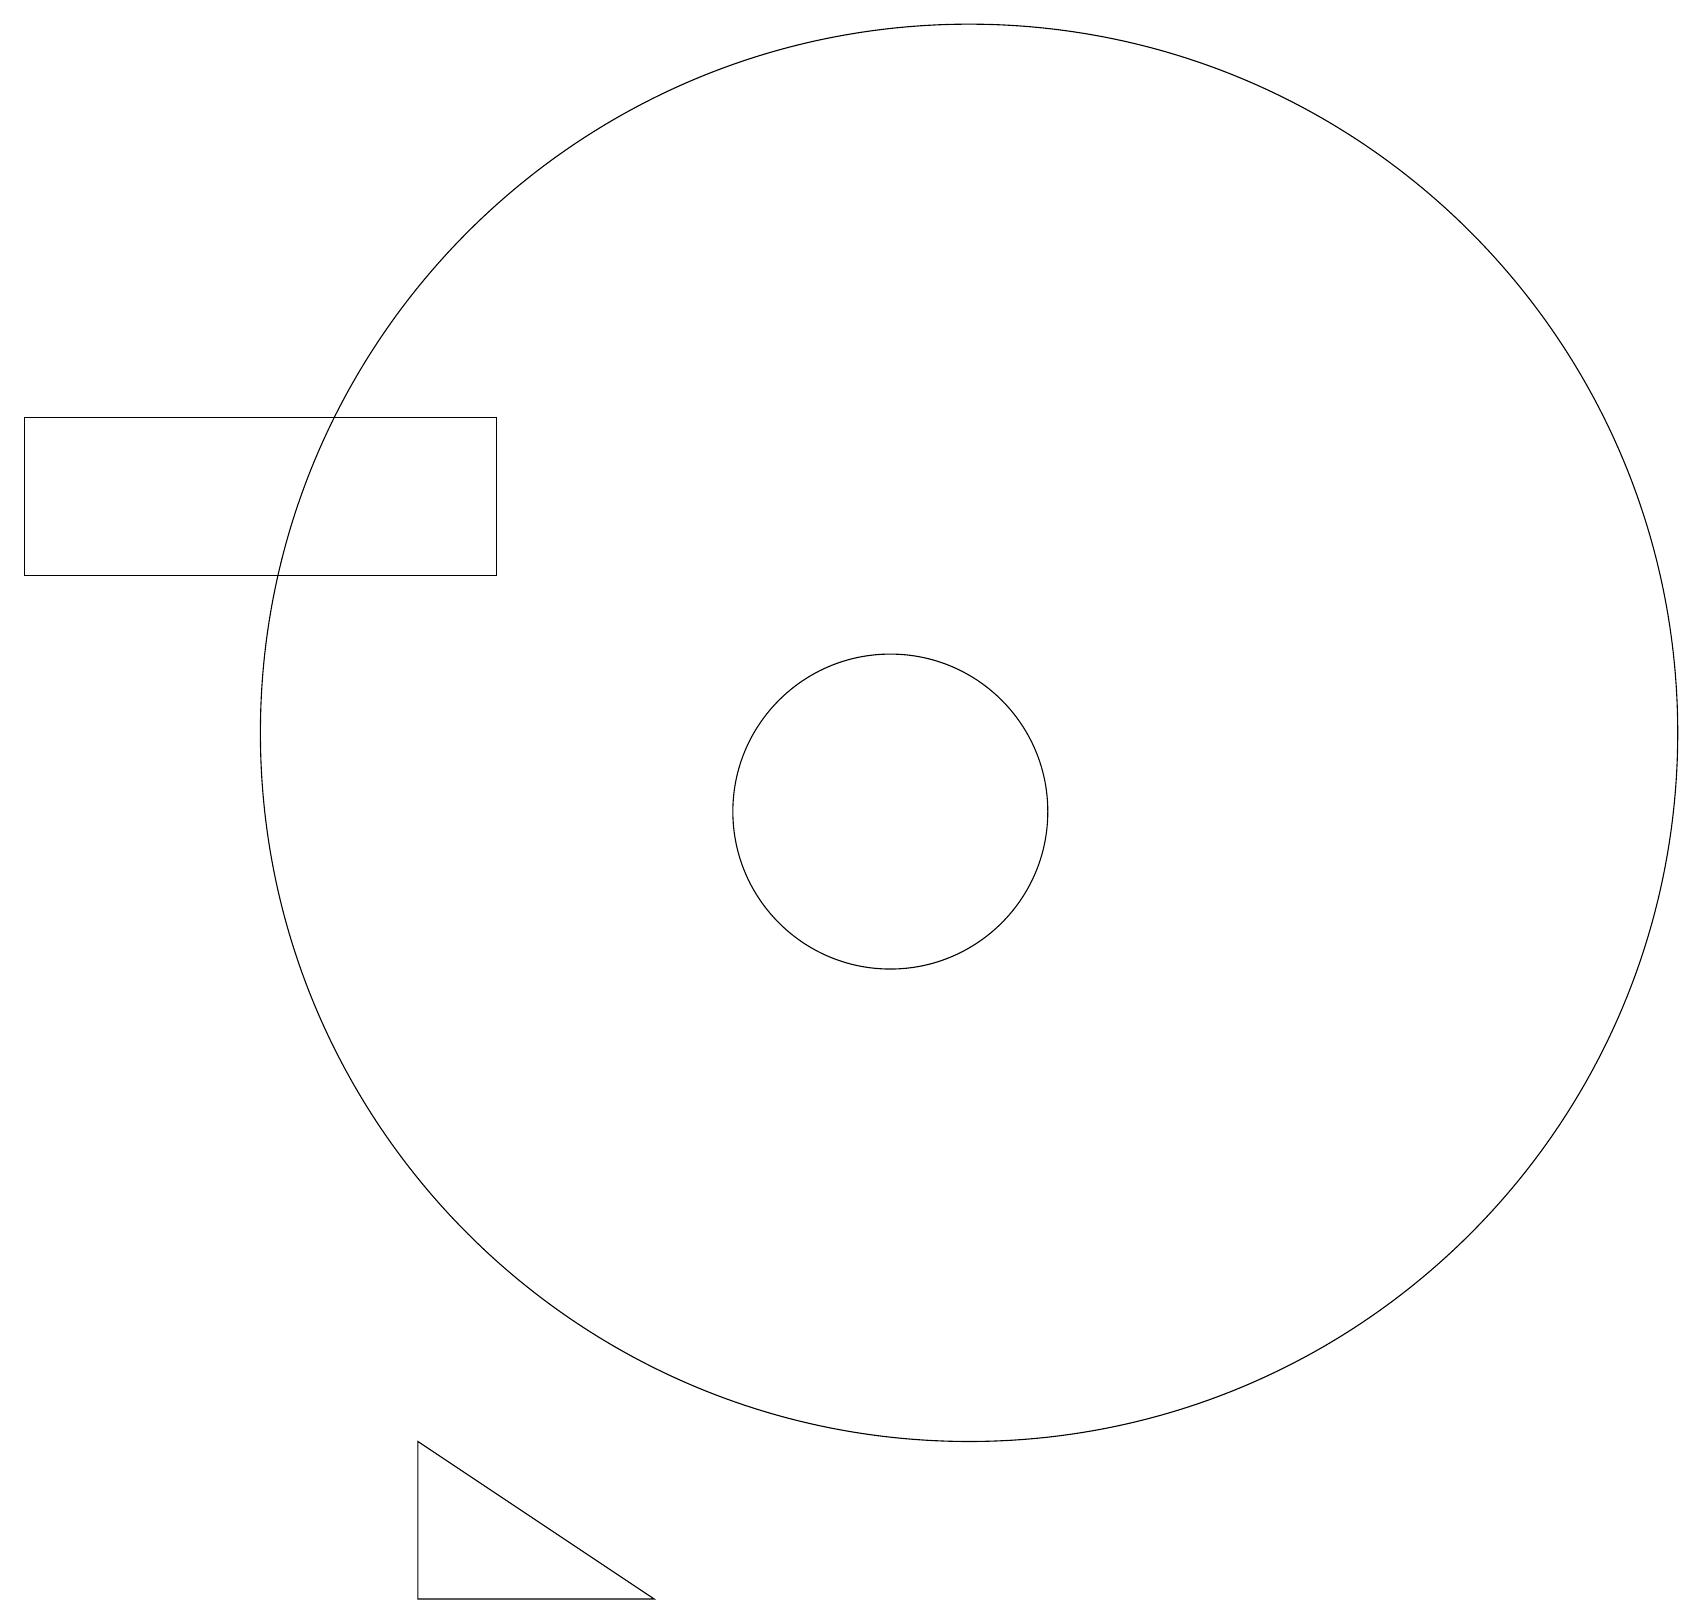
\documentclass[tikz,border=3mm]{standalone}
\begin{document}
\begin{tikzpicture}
\draw (8,1) -- (5,1) -- (5,3) -- cycle;
\draw (0,14) rectangle (6,16);
\draw (11,11) circle (2);
\draw (12,12) circle (9);
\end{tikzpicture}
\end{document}